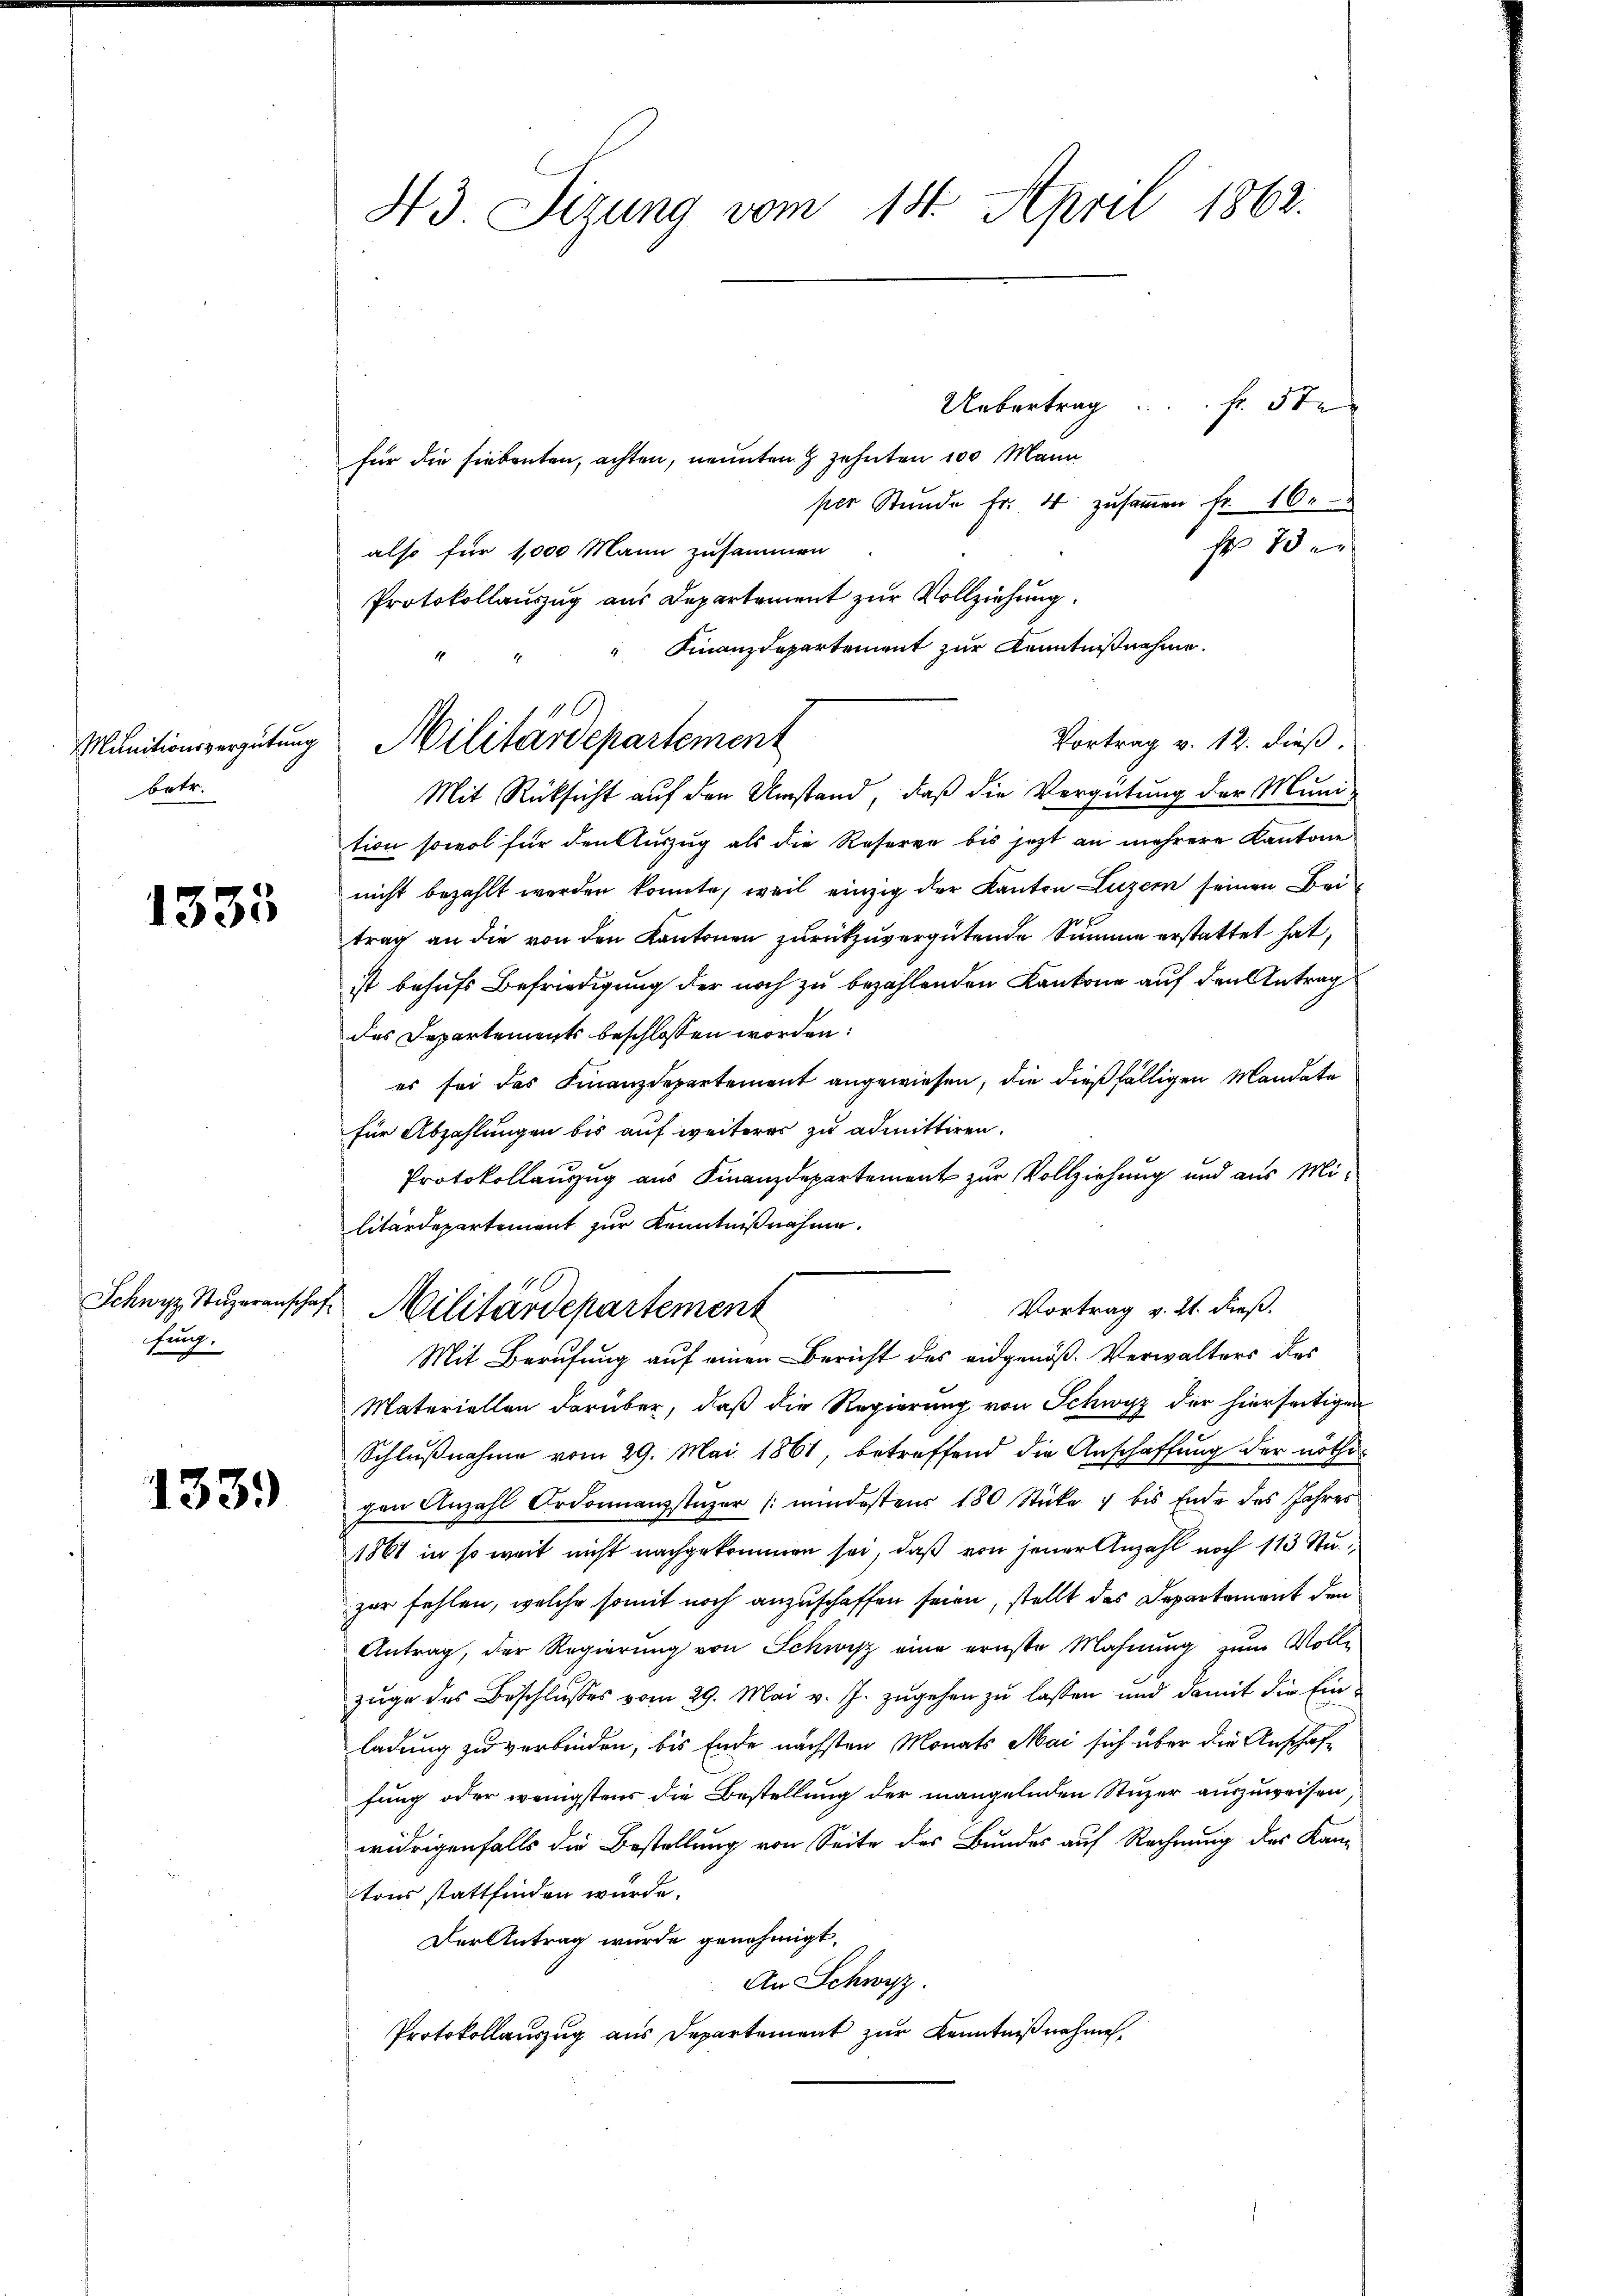
Munitionsvergütung
betr.

1333

fung.

1339)

43 Sizung vom 14. April 1862.

Uebertrag . . f. 5 te
für die siebenten, achten, nennten & zehnten 100 Mann
per Stunde Fr. 4 zusammen fr. 16.
r 73
also für 1,000 Mann zusammen
Protokollauszug aus Departement zur Vollziehung.
Mit Rücksicht auf den Umstand, daß die Vergütung der Muni-
tion sowol für den Auszug als die Reserve bis jetzt an mehrere Kantone
nicht bezahlt werden konnte, weil einzig der Kanton Luzern seinen Bei
trag an die von den Kantonen zurückzuvergütende Summe erstattet hat,
ist behufs Befriedigung der noch zu bezahlenden Kantone auf den Antrag
des Departements beschlossen worden:
es sei das Finanzdepartement angewiesen, die dießfälligen Mandate
für Abzahlungen bis auf weiteres zu admittiren.
Protokollauzug aus Finanzdepartement zur Vollziehung und aus Militärdepartement zur Kenntnißnahme.

Finanzdepartement zur Kenntnißnahme.
Militärdepartement

Vortrag v. 12. dieß.

Schwyz Stŭzeranschaft Militärdepartement
Vortrag v. 21. dieß.

Mit Berufung auf einen Bericht des eidgenöß. Verwalters des
Materiellen darüber, daß die Regierung von Schwyz der hierseitigen
Schlußnahme vom 29. Mai 1861, betreffend die Anschaffung der nöthigen Anzahl Ordonnanzstüzer (mindestens 180 Stücke 7 bis Ende des Jahres
1861 in so weit nicht nachgekommen sei, daß von jener Anzahl noch 113 Stuzur fehlen, welche somit noch anzuschaffen seien, stellt das Departement den
Antrag, der Regierung von Schwisz eine ernste Mahnung zum Vollzuge des Beschlusses vom 29. Mai v. J. zugehen zu lassen und damit die Einladung zu verbinden, bis Ende nächsten Monats Mai sich über die Anschaf-
fung oder wenigstens die Bestellung der mangelnden Stuzer auszuweisen,
widrigenfalls die Bestellung von Seite des Bundes auf Rechnung des Kantons stattfinden würde.
Der Antrag wurde genehmigt.
An Schwyz.
Protokollauszug aus Departement zur Kenntnißnahme,